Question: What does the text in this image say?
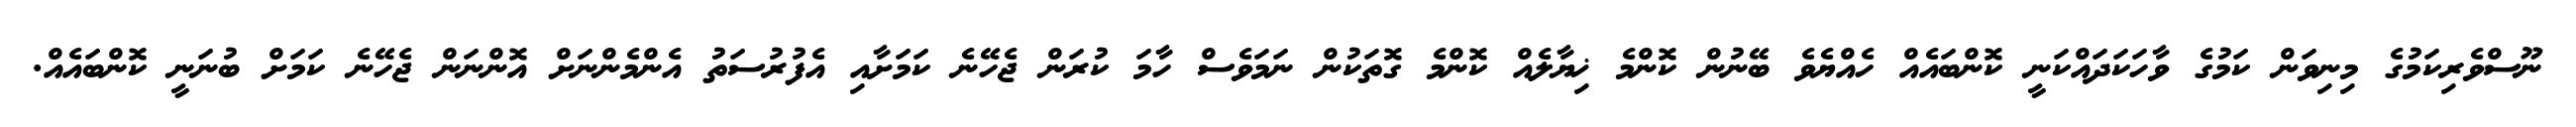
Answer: ނޫސްވެރިކަމުގެ މިނިވަން ކަމުގެ ވާހަކަދައްކަނީ ކޮންބައެއް ހެއްޔެވެ ބޭނުން ކޮންމެ ޚިޔާލެއް ކޮންމެ ގޮތަކުން ނަމަވެސް ހާމަ ކުރަން ޖެހޭނެ ކަމަށާއި އެފުރުސަތު އެންމެންނަށް އޮންނަން ޖެހޭނެ ކަމަށް ބުނަނީ ކޮންބައެއް.